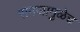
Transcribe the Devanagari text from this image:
समजामुळेच